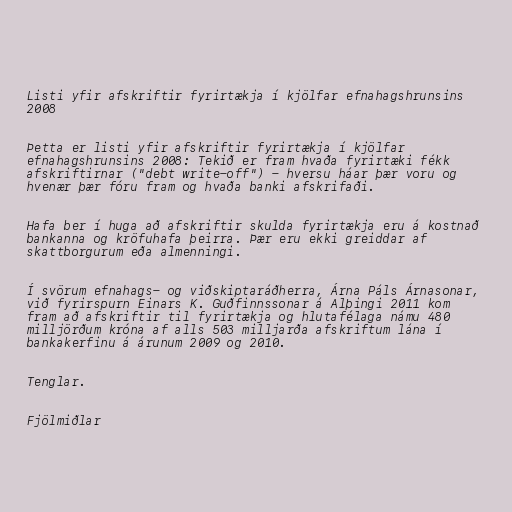
Listi yfir afskriftir fyrirtækja í kjölfar efnahagshrunsins
2008

Þetta er listi yfir afskriftir fyrirtækja í kjölfar
efnahagshrunsins 2008: Tekið er fram hvaða fyrirtæki fékk
afskriftirnar ("debt write-off") - hversu háar þær voru og
hvenær þær fóru fram og hvaða banki afskrifaði.

Hafa ber í huga að afskriftir skulda fyrirtækja eru á kostnað
bankanna og kröfuhafa þeirra. Þær eru ekki greiddar af
skattborgurum eða almenningi.

Í svörum efnahags- og viðskiptaráðherra, Árna Páls Árnasonar,
við fyrirspurn Einars K. Guðfinnssonar á Alþingi 2011 kom
fram að afskriftir til fyrirtækja og hlutafélaga námu 480
milljörðum króna af alls 503 milljarða afskriftum lána í
bankakerfinu á árunum 2009 og 2010.

Tenglar.

Fjölmiðlar